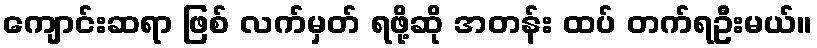
ကျောင်းဆရာ ဖြစ် လက်မှတ် ရဖို့ဆို အတန်း ထပ် တက်ရဦးမယ်။